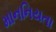
માનનિયતા